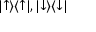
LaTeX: | { \uparrow } \rangle \langle { \uparrow } | , | { \downarrow } \rangle \langle { \downarrow } |